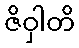
ဇိဝှါတိ